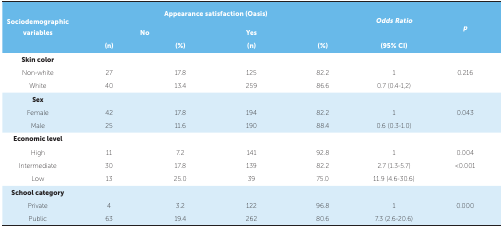
| <ROWSPAN=3> Sociodemographic variables | <COLSPAN=4> Appearance satisfaction (Oasis) | <ROWSPAN=2> Odds Ratio | <ROWSPAN=3> p |
 | <COLSPAN=2> No | Yes |  |
 | (n) | (%) | (n) | (%) | (95% CI) |
 | --- | --- | --- | --- | --- | --- | --- |
 | Skin color |  |  |  |  |  |  |
 | Non-white | 27 | 17.8 | 125 | 82.2 | 1 | 0.216 |
 | White | 40 | 13.4 | 259 | 86.6 | 0.7 (0.4-1,2) |  |
 | Sex |  |  |  |  |  |  |
 | Female | 42 | 17.8 | 194 | 82.2 | 1 | 0.043 |
 | Male | 25 | 11.6 | 190 | 88.4 | 0.6 (0.3-1.0) |  |
 | Economic level |  |  |  |  |  |  |
 | High | 11 | 7.2 | 141 | 92.8 | 1 | 0.004 |
 | Intermediate | 30 | 17.8 | 139 | 82.2 | 2.7 (1.3-5.7) | <0.001 |
 | Low | 13 | 25.0 | 39 | 75.0 | 11.9 (4.6-30.6) |  |
 | School category |  |  |  |  |  |  |
 | Private | 4 | 3.2 | 122 | 96.8 | 1 | 0.000 |
 | Public | 63 | 19.4 | 262 | 80.6 | 7.3 (2.6-20.6) |  |